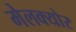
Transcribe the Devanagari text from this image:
मेलक्योर